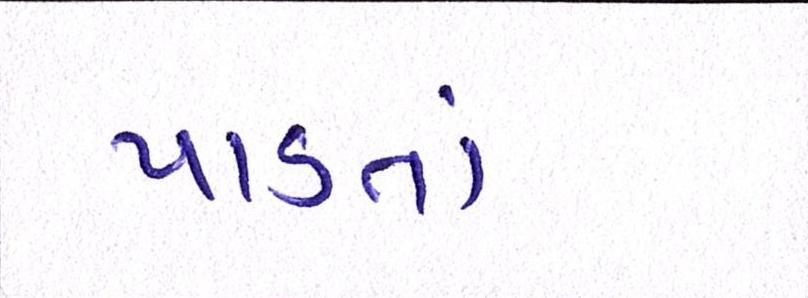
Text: પાડતાં